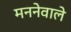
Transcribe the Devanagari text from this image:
मननेवाले